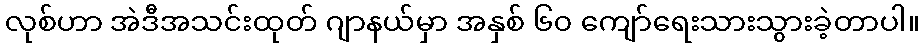
လုစ်ဟာ အဲဒီအသင်းထုတ် ဂျာနယ်မှာ အနှစ် ၆၀ ကျော်ရေးသားသွားခဲ့တာပါ။